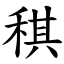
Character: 稘